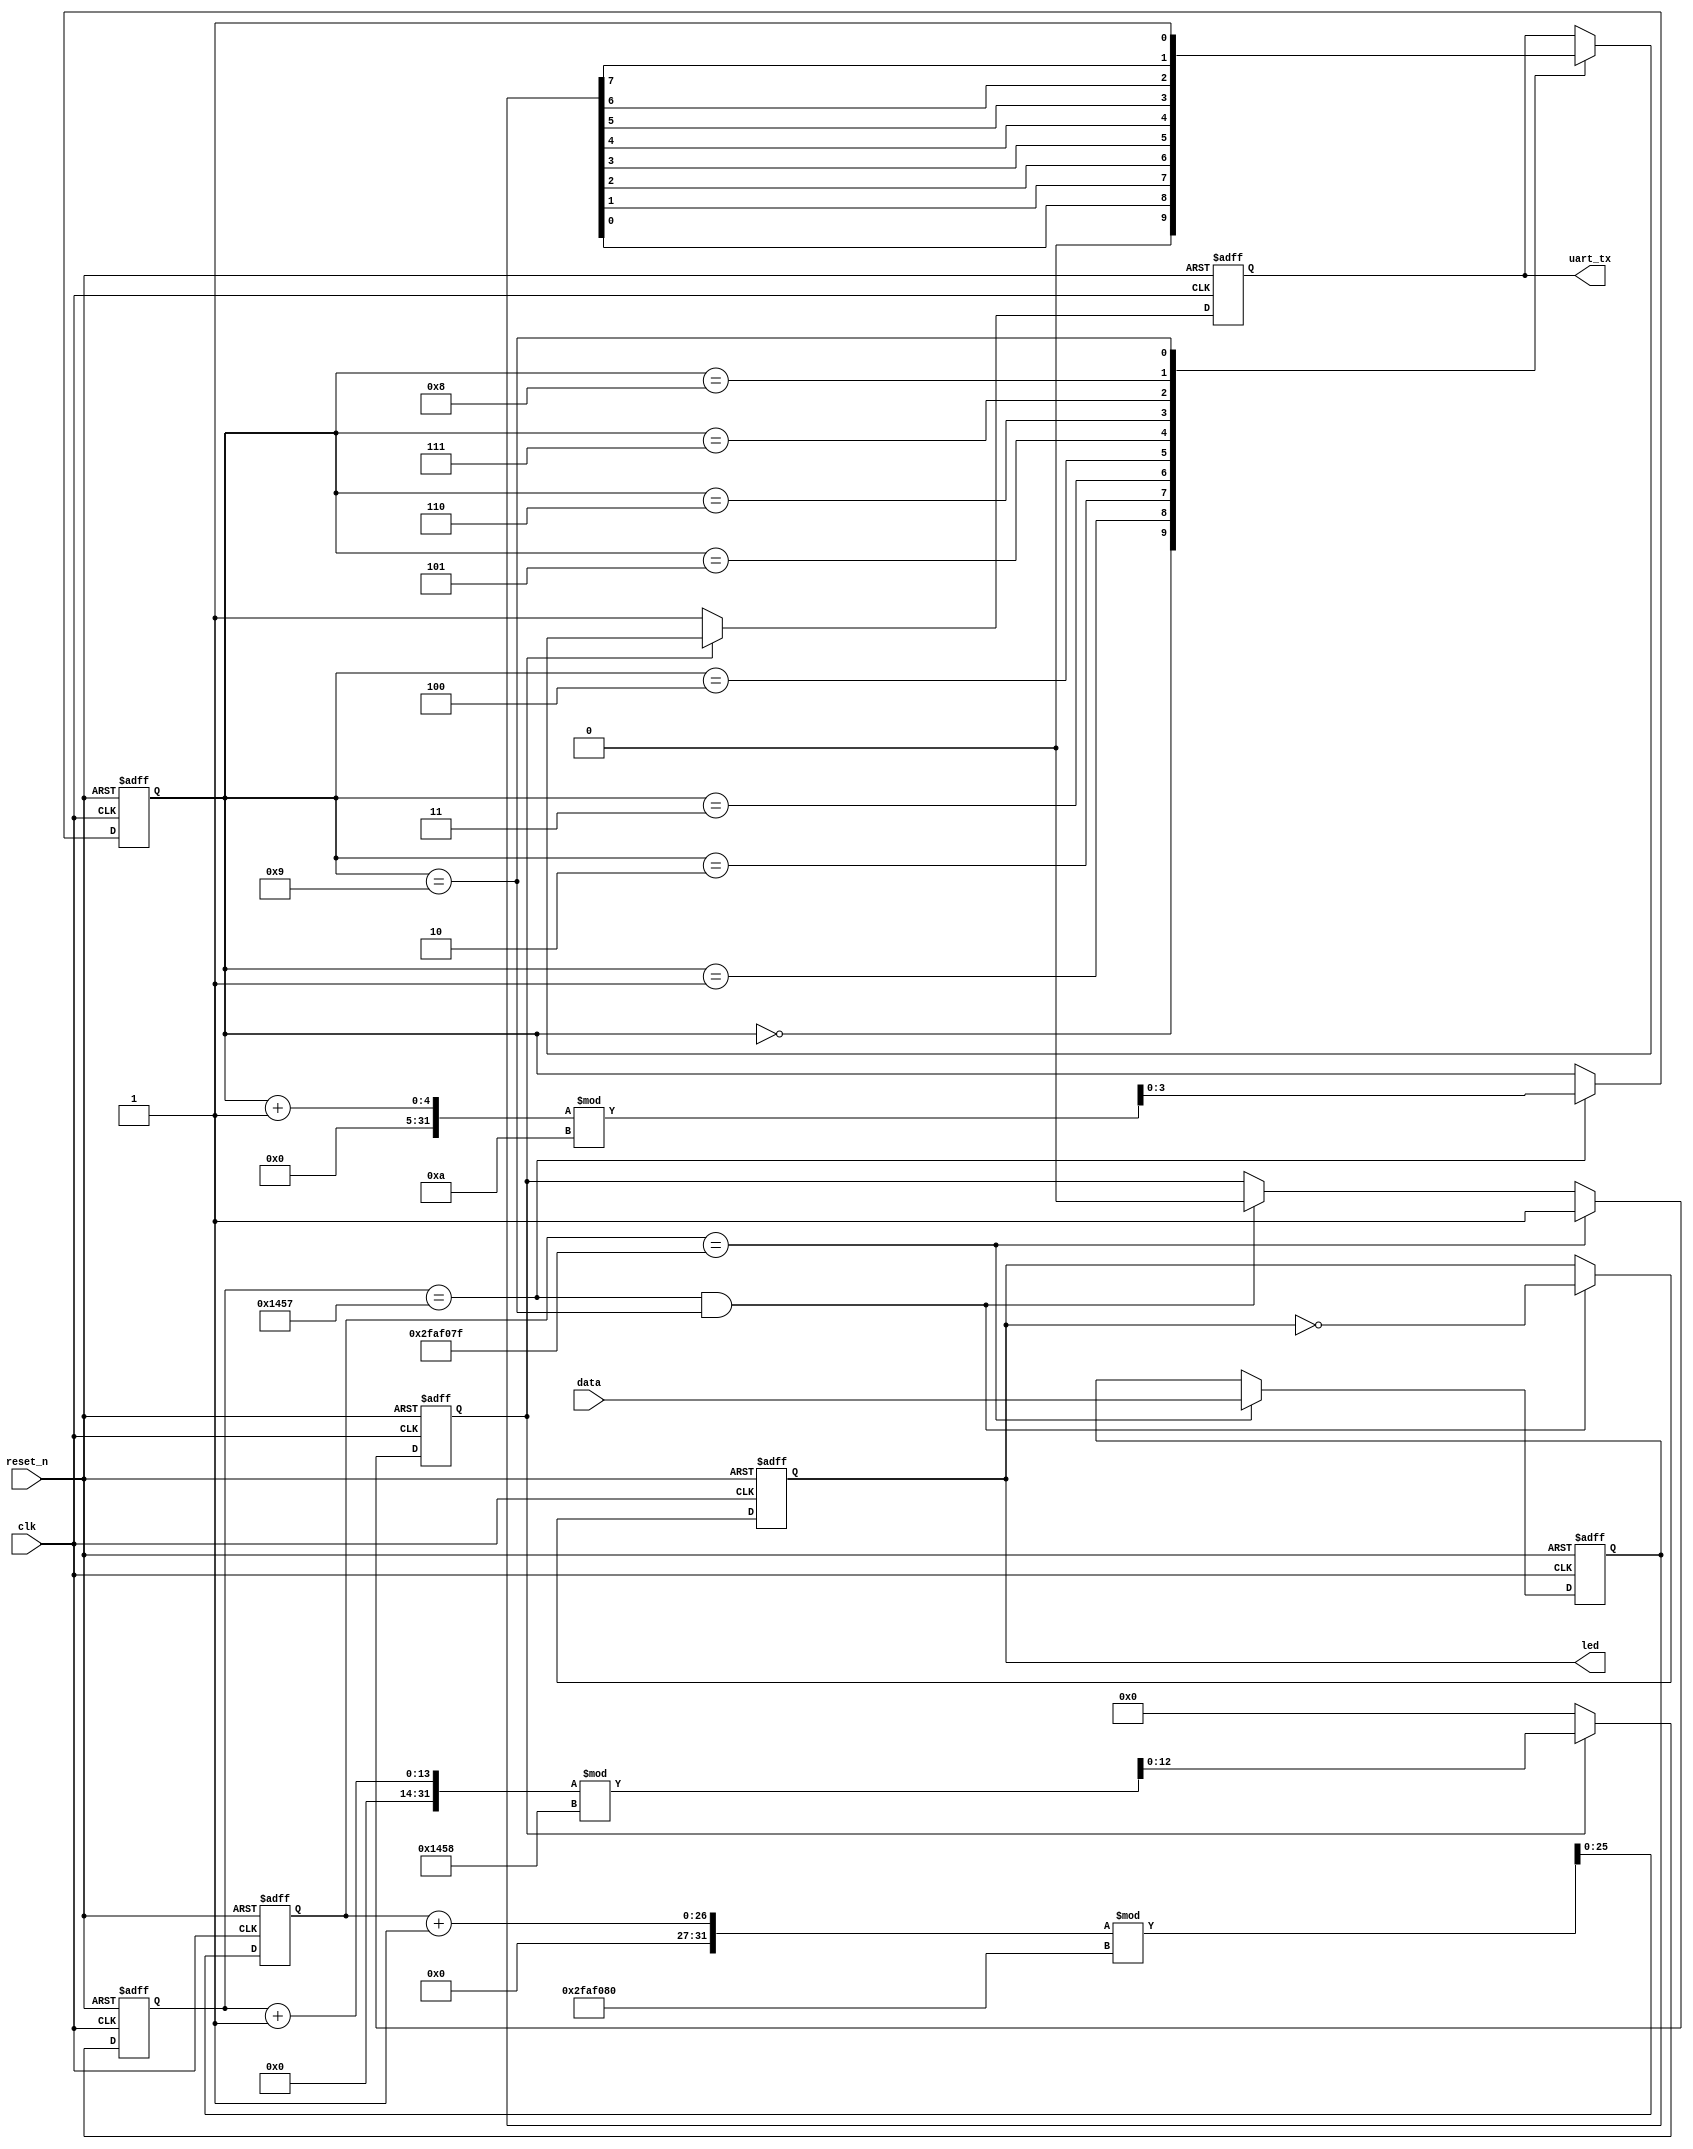
`timescale 1ns / 1ps

// UART_TX_0
// 
// 


module UART_TX_2(
    data,
    clk,
    reset_n,
    uart_tx,
    led
);

    input [7:0]data;
    input clk;
    input reset_n;
    
    output reg uart_tx;
    output reg led;

    reg [12:0] baud_cnt;
    parameter MCNT_BAUD = 5208;
    reg en_baud_cnt;

    reg [3:0] bit_cnt;
    parameter WIDTH = 10;

    parameter MCNT_DLY = 50_000_000;
    reg [25:0]delay_cnt;
    reg [7:0] r_Data;


// ()
    always@(posedge clk or negedge reset_n)begin
        if(!reset_n)
            baud_cnt<=0;
        else if(en_baud_cnt)begin                  // C
            baud_cnt<=(baud_cnt+1'b1)%MCNT_BAUD;
            end
        else
            baud_cnt<=0;
    end

// 
    always @(posedge clk or negedge reset_n) begin 
        if(!reset_n)
            en_baud_cnt<=0;
        else if(delay_cnt==MCNT_DLY-1)
            en_baud_cnt<=1'b1;
        else if((baud_cnt==MCNT_BAUD-1)&&(bit_cnt==WIDTH-1))
            en_baud_cnt<=0;
    end

    

// uart_tx
    always@(posedge clk or negedge reset_n)begin
        if(!reset_n)
            bit_cnt<=0;
        else if(baud_cnt==MCNT_BAUD-1)
            bit_cnt<=(bit_cnt+1'b1)%WIDTH;
    end


// 
    always @(posedge clk or negedge reset_n) begin 
        if(!reset_n)
            r_Data<=0;            
        else if(delay_cnt==MCNT_DLY-1)
            r_Data<=data;
    end

    always @(posedge clk or negedge reset_n) begin 
        if(!reset_n)
            delay_cnt<=0;
        else
            delay_cnt<=(delay_cnt+1'b1)%MCNT_DLY;
    end

// 
    always @(posedge clk or negedge reset_n) begin  
        if(!reset_n)
            uart_tx<=1'b1;
        else if(en_baud_cnt)
        begin
            case(bit_cnt)
                0 : uart_tx<= 0;
                1 : uart_tx<= r_Data[0]; 
                2 : uart_tx<= r_Data[1];
                3 : uart_tx<= r_Data[2];
                4 : uart_tx<= r_Data[3];
                5 : uart_tx<= r_Data[4];
                6 : uart_tx<= r_Data[5];
                7 : uart_tx<= r_Data[6];
                8 : uart_tx<= r_Data[7];
                9 : uart_tx<= 1;
                default : uart_tx<=uart_tx;
            endcase                
        end

        else
            uart_tx<=1'b1;
    end


// led
    always @(posedge clk or negedge reset_n) begin 
        if(!reset_n)
            led<=0;
        else if((baud_cnt==MCNT_BAUD-1)&&(bit_cnt==WIDTH-1))
            led<=~led;
    end



endmodule